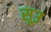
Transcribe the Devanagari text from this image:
सूउ